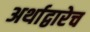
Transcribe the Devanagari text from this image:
अर्थाद्वारेच